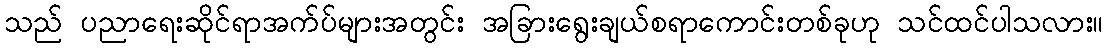
သည် ပညာရေးဆိုင်ရာအက်ပ်များအတွင်း အခြားရွေးချယ်စရာကောင်းတစ်ခုဟု သင်ထင်ပါသလား။